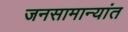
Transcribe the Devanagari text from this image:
जनसामान्यांत